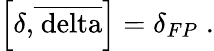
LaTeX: \left[\delta\mathrm{{,}\overline{{{\ delta}}}}\right]=\delta_{FP}\; .